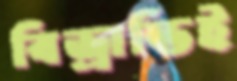
বিভ্রান্তিই